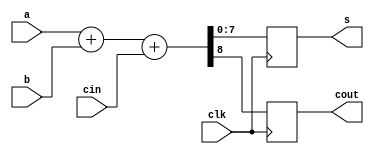
module adder(a, b, cin, clk, s, cout);
`define WIDTH 8

	input	[`WIDTH-1:0] 	a, b;
	input			cin, clk;
	output	[`WIDTH-1:0]	s;
	output			cout;

	reg	[`WIDTH-1:0]	a0, b0;
	reg			cin0;
	reg	[`WIDTH-1:0]	s;
	reg			cout;

	wire	[`WIDTH-1:0]	a, b, s0;
	wire			cin, cout0;

	assign {cout0, s0} = a + b + cin;

always @ (posedge clk)
begin
	a0 <= a;
	b0 <= b;
	cin0 <= cin;
	s <= s0;
	cout <= cout0;
end

endmodule